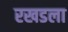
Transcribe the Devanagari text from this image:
रखडला